Report on vaccination in the Province of Bengal - 1869-1873
Year: 1869
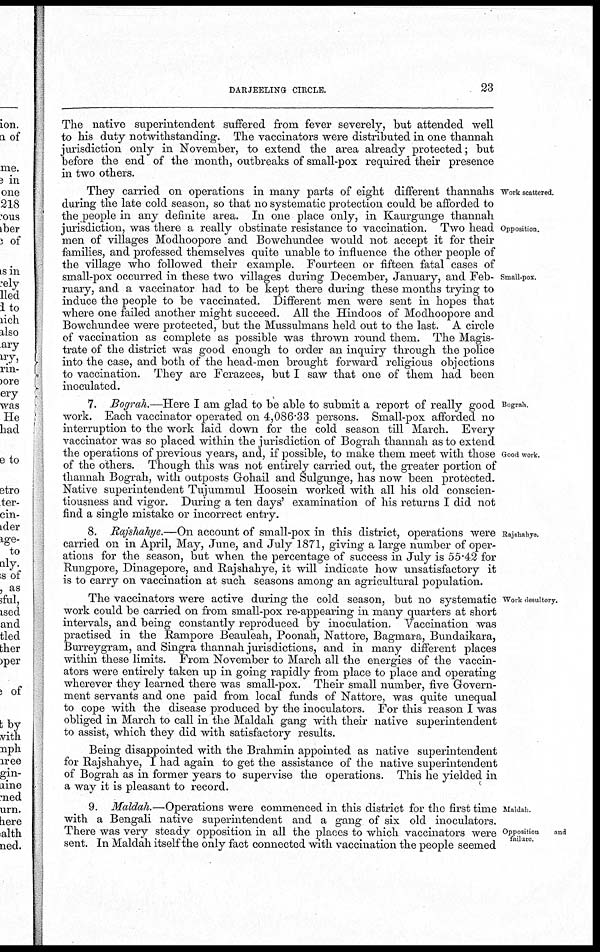
DARJEELING CIRCLE.
23
The native superintendent suffered from fever severely, but attended well
to his duty notwithstanding. The vaccinators were distributed in one thannah
jurisdiction only in November, to extend the area already protected; but
before the end of the month, outbreaks of small-pox required their presence
in two others.
Work scattered.
Opposition.
Small-pox.
They carried on operations in many parts of eight different thannahs
during the late cold season, so that no systematic protection could be afforded to
the people in any definite area. In one place only, in Kaurgunge thannah
jurisdiction, was there a really obstinate resistance to vaccination. Two head
men of villages Modhoopore and Bowchundee would not accept it for their
families, and professed themselves quite unable to influence the other people of
the village who followed their example. Fourteen or fifteen fatal cases of
small-pox occurred in these two villages during December, January, and Feb-
ruary, and a vaccinator had to be kept there during these months trying to
induce the people to be vaccinated. Different men were sent in hopes that
where one failed another might succeed. All the Hindoos of Modhoopore and
Bowchundee were protected, but the Mussulmans held out to the last. A circle
of vaccination as complete as possible was thrown round them. The Magis-
trate of the district was good enough to order an inquiry through the police
into the case, and both of the head-men brought forward religious objections
to vaccination. They are Ferazees, but I saw that one of them had been
inoculated.
Bograh.
Good work.
7. Bograh.—Here I am glad to be able to submit a report of really good
work. Each vaccinator operated on 4,086.33 persons. Small-pox afforded no
interruption to the work laid down for the cold season till March. Every
vaccinator was so placed within the jurisdiction of Bograh thannah as to extend
the operations of previous years, and, if possible, to make them meet with those
of the others. Though this was not entirely carried out, the greater portion of
thannah Bograh, with outposts Gohail and Sulgunge, has now been protected.
Native superintendent Tujummul Hoosein worked with all his old conscien-
tiousness and vigor. During a ten days' examination of his returns I did not
find a single mistake or incorrect entry.
Rajshahye.
8. Rajshahye.—On account of small-pox in this district, operations were
carried on in April, May, June, and July 1871, giving a large number of oper-
ations for the season, but when the percentage of success in July is 55.42 for
Rungpore, Dinagepore, and Rajshahye, it will indicate how unsatisfactory it
is to carry on vaccination at such seasons among an agricultural population.
Work desultory.
The vaccinators were active during the cold season, but no systematic
work could be carried on from small-pox re-appearing in many quarters at short
intervals, and being constantly reproduced by inoculation. Vaccination was
practised in the Rampore Beauleah, Poonah, Nattore, Bagmara, Bundaikara,
Burreygram, and Singra thannah jurisdictions, and in many different places
within these limits. From November to March all the energies of the vaccin-
ators were entirely taken up in going rapidly from place to place and operating
wherever they learned there was small-pox. Their small number, five Govern-
ment servants and one paid from local funds of Nattore, was quite unequal
to cope with the disease produced by the inoculators. For this reason I was
obliged in March to call in the Maldah gang with their native superintendent
to assist, which they did with satisfactory results.
Being disappointed with the Brahmin appointed as native superintendent
for Rajshahye, I had again to get the assistance of the native superintendent
of Bograh as in former years to supervise the operations. This he yielded in
a way it is pleasant to record.
Maldah.
Opposition
and
failure.
9. Maldah.—Operations were commenced in this district for the first time
with a Bengali native superintendent and a gang of six old inoculators.
There was very steady opposition in all the places to which vaccinators were
sent. In Maldah itself the only fact connected with vaccination the people seemed